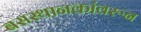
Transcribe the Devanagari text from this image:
बसस्थानकांवरून